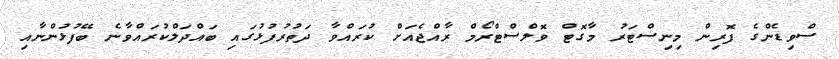
ސްވިޑެންގެ ފޮރިން މިނިސްޓަރު މާގޮޓް ވޮލްސްޓްރޯމް ރާއްޖެއަށް ކުރައްވާ ދަތުރުފުޅުގައި ބައްދަލްކުރައްވާނެ ބޭފުޅުންނާއި